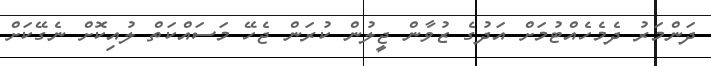
ދަންމަރު ދެމެހެއްޓުމަށް އަދުގެ ޒުވާން ޖީލުން ކުރަން ޖެހޭ މަސައްކަތް ލުއިކޮށް ނެގޭކަށް